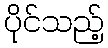
ပိုင်သည့်